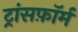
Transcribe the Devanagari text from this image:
ट्रांसफ़ॉर्म